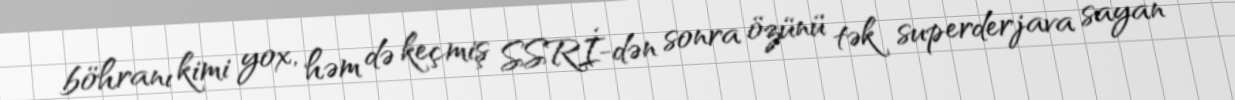
böhranı kimi yox, həm də keçmiş SSRİ-dən sonra özünü tək superderjava sayan